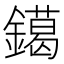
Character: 𨭛